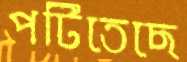
পটিতেছে